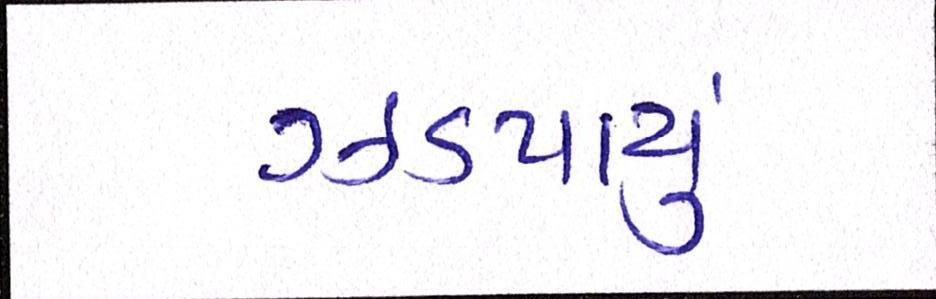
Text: ઝડપાયું